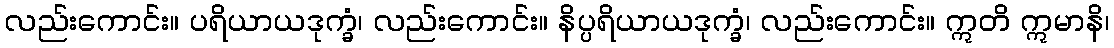
လည်းကောင်း။ ပရိယာယဒုက္ခံ၊ လည်းကောင်း။ နိပ္ပရိယာယဒုက္ခံ၊ လည်းကောင်း။ ဣတိ ဣမာနိ၊